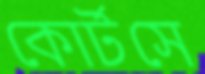
কোর্টসে